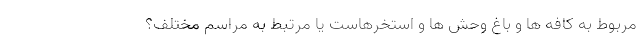
مربوط به کافه ها و باغ وحش ها و استخرهاست یا مرتبط به مراسم مختلف؟